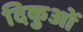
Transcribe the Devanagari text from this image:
दिकुओं